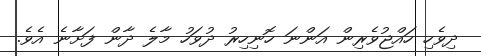
ދިވެހި ހައްޖުވެރިން އަންނަ ހޮނިހިރު ދުވަހު މާލެ ދާން ފަށާނެ އެވެ.